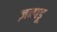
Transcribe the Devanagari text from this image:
ज़नाडू